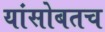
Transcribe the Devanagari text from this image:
यांसोबतच